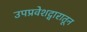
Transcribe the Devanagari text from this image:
उपप्रवेशद्वारातून